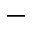
-